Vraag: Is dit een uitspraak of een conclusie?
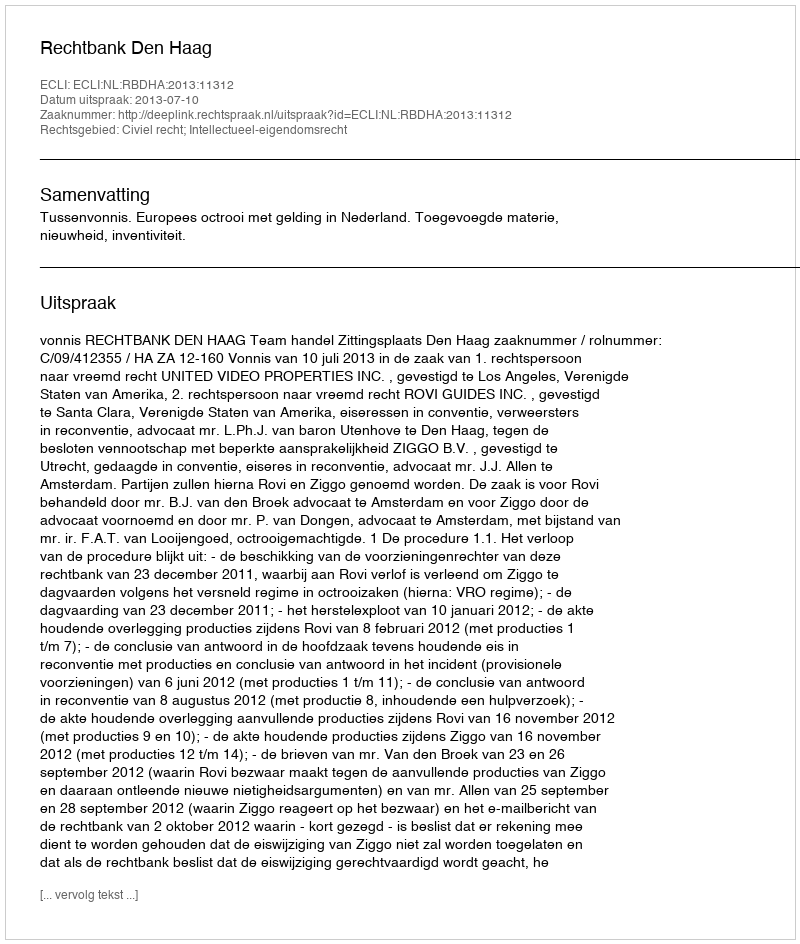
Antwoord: Uitspraak